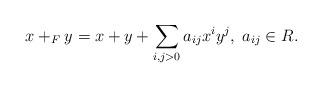
LaTeX: \begin{align*}x+_F y=x+y+\sum_{i,j>0} a_{ij}x^i y^j,\;a_{ij}\in R.\end{align*}